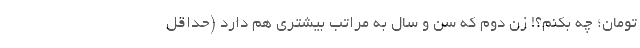
تومان؛ چه بکنم؟! زن دوم که سن و سال به مراتب بیشتری هم دارد (حداقل